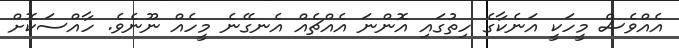
އެއްވެސް މީހަކީ އަނެކާގެ ހިތުގައި އޮންނަ އެއްޗެއް އެނގޭނެ މީހެއް ނޫނެވެ. ހާއްސަކޮށް